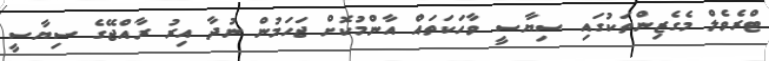
ޓްރެވެލް މެގެޒިންތަކުގައި ސިޔާސީ ވާހަކަތައް އާންމުކޮށް ޖަހަމުން ނުދާ އިރު ރާއްޖޭގެ ސިޔާސީ